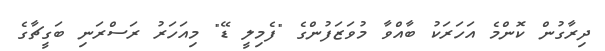
ދިރާގުން ކޮންމެ އަހަރަކު ބާއްވާ މުވަޒަފުންގެ "ފެމިލީ ޑޭ" މިއަހަރު ރަސްރަނި ބަގީޗާގެ